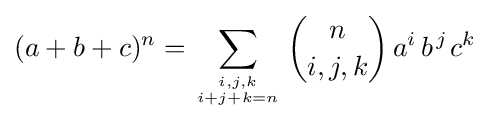
(a+b+c)^{n}=\sum _{{i,j,k} \atop {i+j+k=n}}{n \choose i,j,k}\,a^{i}\,b^{\;\!j}\;\!c^{k}